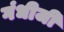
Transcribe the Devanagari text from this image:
गंधीजी